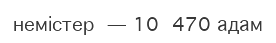
немістер — 10 470 адам